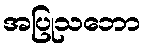
အပြုသဘော